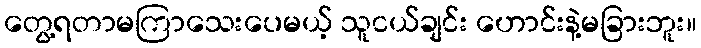
တွေ့ရတာမကြာသေးပေမယ့် သူငယ်ချင်း ဟောင်းနဲ့မခြားဘူး။